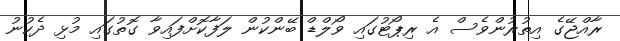
ރާއްޖޭގެ އިތުރުންވެސް އެ ރިޕޯޓުގައި ވޯލްޑް ބޭންކުން ލަފާކޮށްފައިވާ ގޮތުގައި މުޅި ދެކުނު